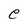
Character: e